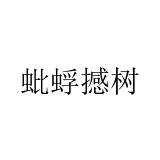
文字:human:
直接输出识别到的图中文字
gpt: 蚍蜉撼树